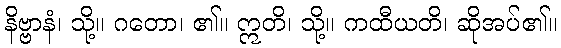
နိဗ္ဗာနံ၊ သို့။ ဂတော၊ ၏။ ဣတိ၊ သို့။ ကထီယတိ၊ ဆိုအပ်၏။